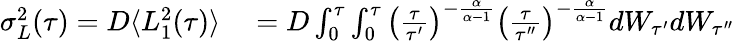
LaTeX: \begin{array}{rl}{\sigma_{L}^{2}(\tau)=D\langle L_{1}^{2}(\tau)\rangle}&{{}=D\int_{0}^{\tau}\int_{0}^{\tau}\left(\frac{\tau}{\tau^{\prime}}\right)^{-\frac{\alpha}{\alpha-1}}\left(\frac{\tau}{\tau^{\prime\prime}}\right)^{-\frac{\alpha}{\alpha-1}}dW_{\tau^{\prime}}dW_{\tau^{\prime\prime}}}\end{array}